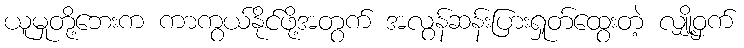
ယူမှုတို့ဘေးက ကာကွယ်နိုင်ဖို့အတွက် အလွန်ဆန်းပြားရှုတ်ထွေးတဲ့ လျှို့ဝှက်